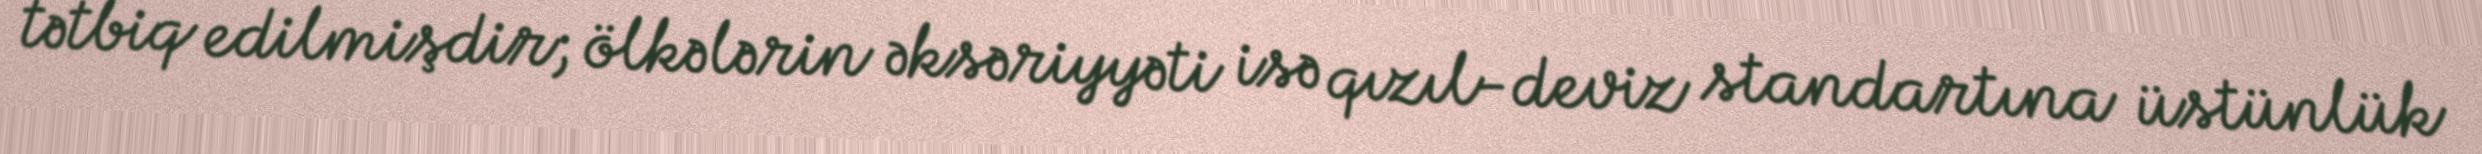
tətbiq edilmişdir; ölkələrin əksəriyyəti isə qızıl-deviz standartına üstünlük